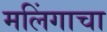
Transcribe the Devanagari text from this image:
मलिंगाचा